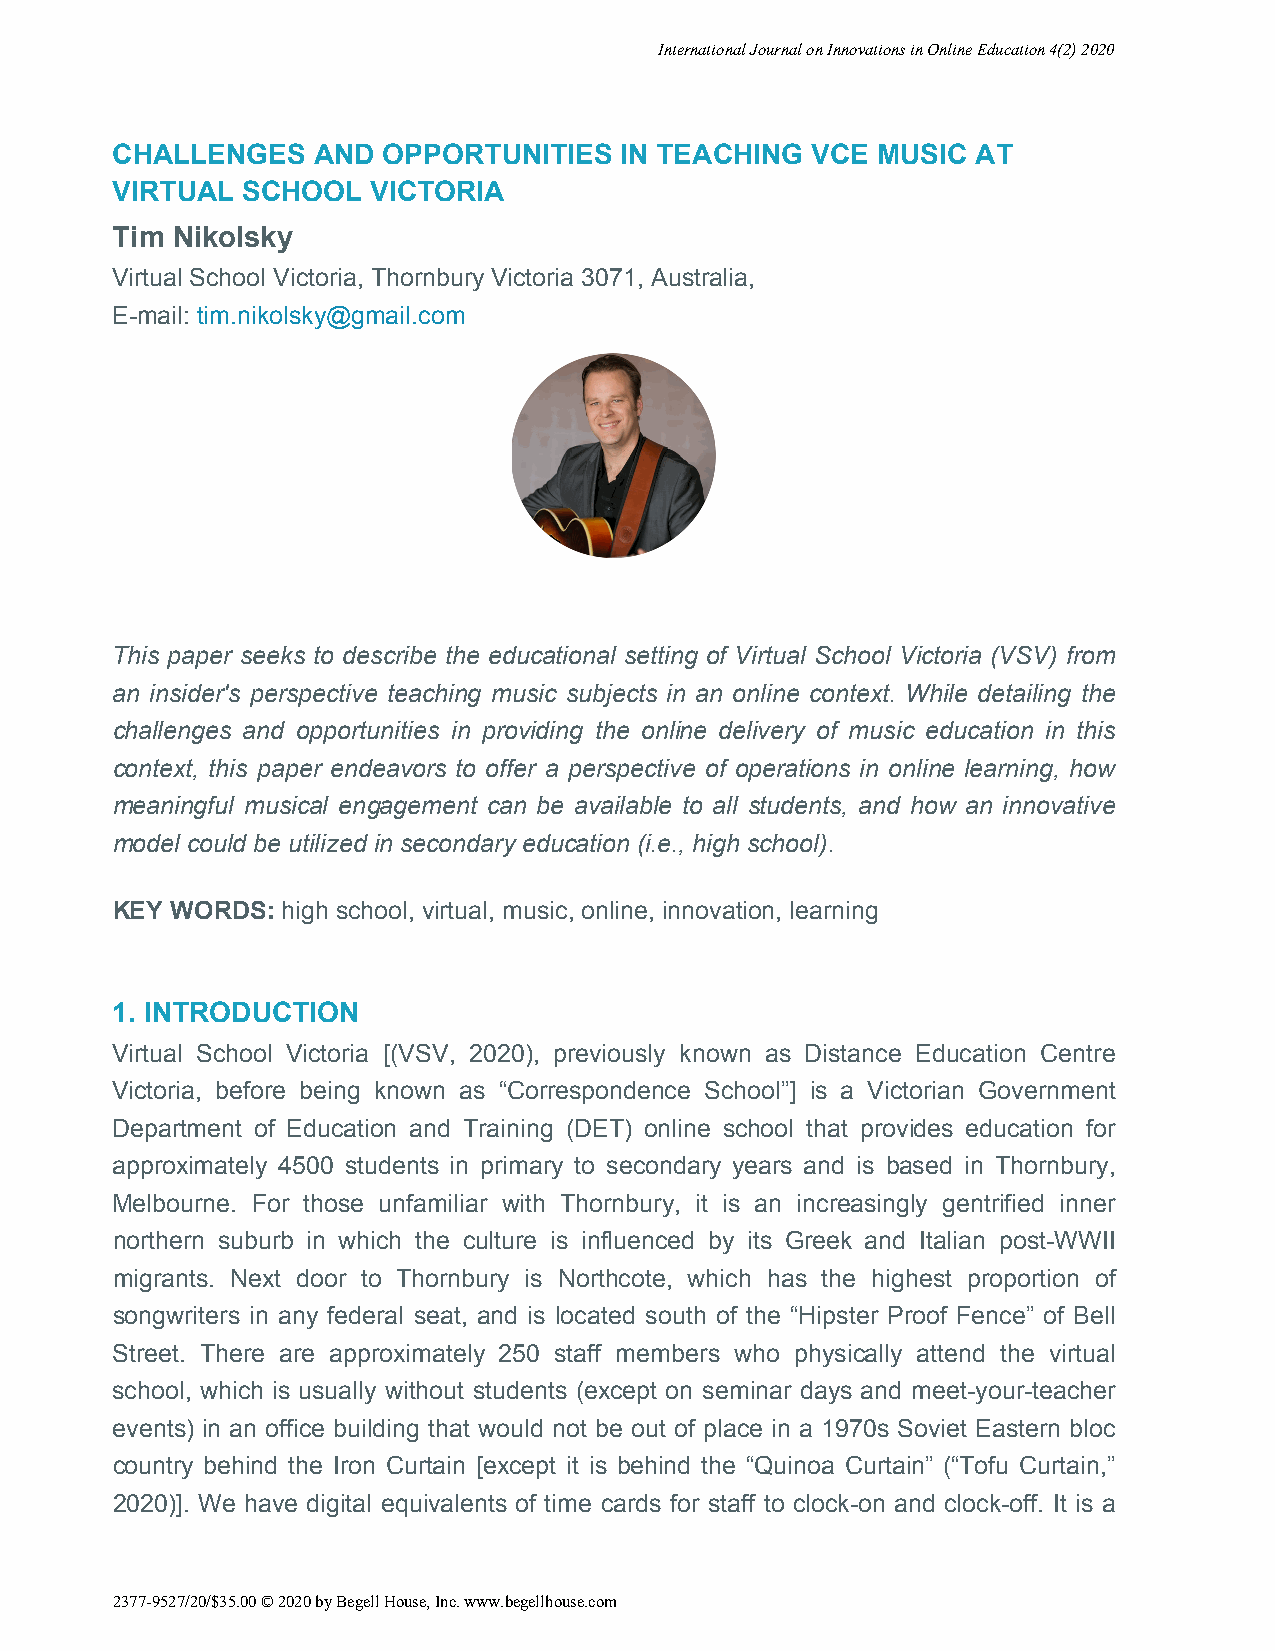
International Journal on Innovations in Online Education 4(2) 2020
 CHALLENGES    AND OPPORTUNITIES   IN TEACHING  VCE MUSIC  AT
 VIRTUAL  SCHOOL   VICTORIA
 Tim Nikolsky
 Virtual School Victoria, Thornbury Victoria 3071, Australia,
 E-mail: tim.nikolsky@gmail.com
 This paper seeks to describe the educational setting of Virtual School Victoria (VSV) from
 an insider's perspective teaching music subjects in an online context. While detailing the
 challenges and opportunities in providing the online delivery of music education in this
 context, this paper endeavors to offer a perspective of operations in online learning, how
 meaningful musical engagement can be available to all students, and how an innovative
 model could be utilized in secondary education (i.e., high school).
 KEY WORDS:  high school, virtual, music, online, innovation, learning
 1. INTRODUCTION
 Virtual School Victoria [(VSV, 2020), previously known as Distance Education Centre
 Victoria, before being known as “Correspondence School”] is a Victorian Government
 Department of Education and Training (DET) online school that provides education for
 approximately 4500 students in primary to secondary years and is based in Thornbury,
 Melbourne. For those unfamiliar with Thornbury, it is an increasingly gentrified inner
 northern suburb in which the culture is influenced by its Greek and Italian post-WWII
 migrants. Next door to Thornbury is Northcote, which has the highest proportion of
 songwriters in any federal seat, and is located south of the “Hipster Proof Fence” of Bell
 Street. There are approximately 250 staff members who physically attend the virtual
 school, which is usually without students (except on seminar days and meet-your-teacher
 events) in an office building that would not be out of place in a 1970s Soviet Eastern bloc
 country behind the Iron Curtain [except it is behind the “Quinoa Curtain” (“Tofu Curtain,”
 2020)]. We have digital equivalents of time cards for staff to clock-on and clock-off. It is a
 2377-9527/20/$35.00 © 2020 by Begell House, Inc. www.begellhouse.com